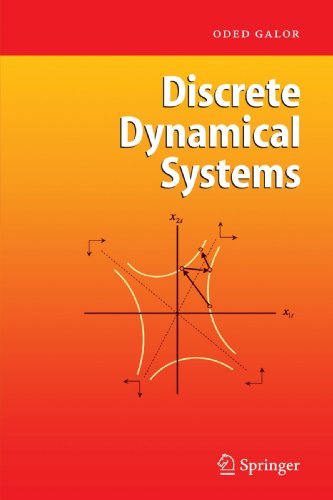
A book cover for Discrete Dynamical Systems; Oded Galor; Science & Math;